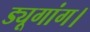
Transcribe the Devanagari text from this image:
ड्यूगांग।